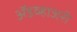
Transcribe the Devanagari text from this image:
ॲडव्हाजरी